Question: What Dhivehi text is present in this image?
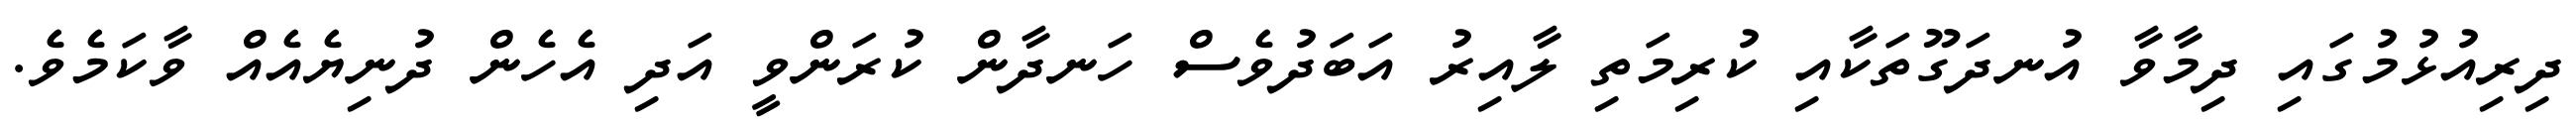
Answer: ދިރިއުޅުމުގައި ދިމާވާ އުނދަގޫތަކާއި ކުރިމަތި ލާއިރު އަބަދުވެސް ހަނދާން ކުރަންވީ އަދި އެހެން ދުނިޔެއެއް ވާކަމެވެ.